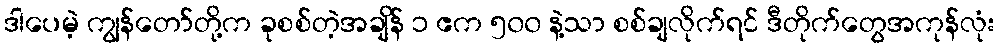
ဒါပေမဲ့ ကျွန်တော်တို့က ခုစစ်တဲ့အချိန် ၁ ဧက ၅၀၀ နဲ့သာ စစ်ချလိုက်ရင် ဒီတိုက်တွေအကုန်လုံး